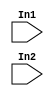
// -------------------------------------------------------------
// 
// 
// Generated by MATLAB 9.10 and HDL Coder 3.18
// 
// 
// -- -------------------------------------------------------------
// -- Rate and Clocking Details
// -- -------------------------------------------------------------
// Model base rate: 0.000113379
// Target subsystem base rate: 0.000113379
// 
// -------------------------------------------------------------


// -------------------------------------------------------------
// 
// Module: Subsystem4
// Source Path: untitled1/Subsystem/Subsystem/Subsystem4
// Hierarchy Level: 0
// 
// -------------------------------------------------------------

`timescale 1 ns / 1 ns

module Subsystem4
          (In1,
           In2);


  input   [63:0] In1;  // double
  input   [63:0] In2;  // double




endmodule  // Subsystem4